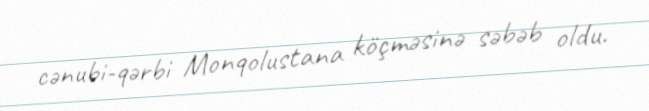
cənubi-qərbi Monqolustana köçməsinə səbəb oldu.